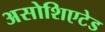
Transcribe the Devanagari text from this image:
असोशिएटेड